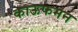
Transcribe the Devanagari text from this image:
काऊफमन